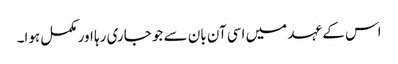
اس کے عہد میں اسی آن بان سے جو جاری رہا اور مکمل ہوا۔